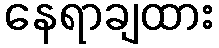
နေရာချထား